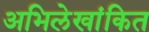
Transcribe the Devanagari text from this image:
अभिलेखांकित